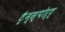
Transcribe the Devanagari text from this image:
ट्रैन्स्पोर्ट्